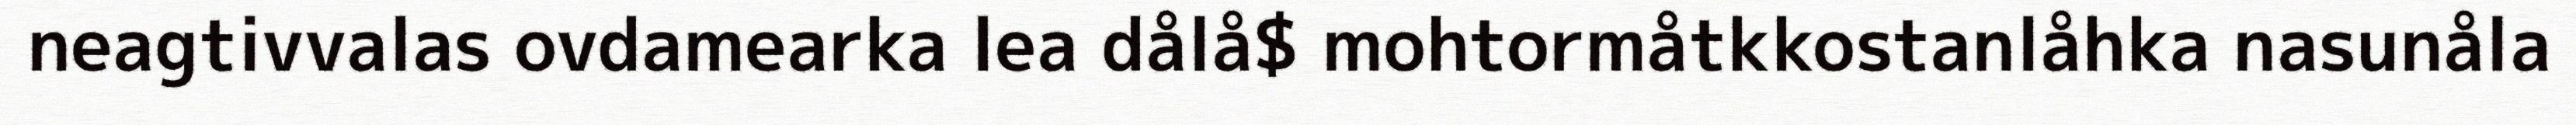
neagtivvalas ovdamearka lea dålå$ mohtormåtkkostanlåhka nasunåla